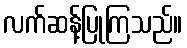
လက်ဆန့်ပြုကြသည်။